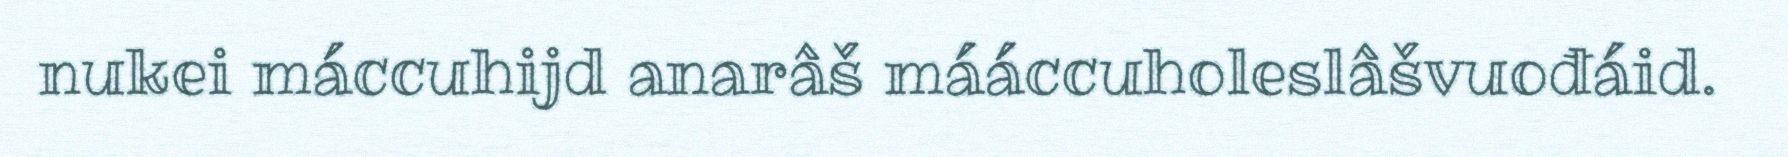
nukei máccuhijd anarâš mááccuholeslâšvuođáid.